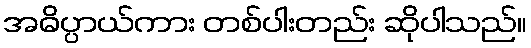
အဓိပ္ပာယ်ကား တစ်ပါးတည်း ဆိုပါသည်။